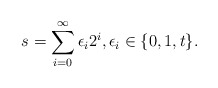
\begin{align*}s=\sum_{i=0}^{\infty}\epsilon_i2^i, \epsilon_i\in\{0,1,t\}.\end{align*}